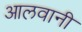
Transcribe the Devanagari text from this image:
आलवानी